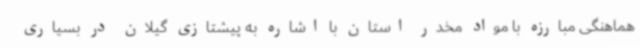
هماهنگی مبارزه با مواد مخدر استان با اشاره به پیشتازی گیلان در بسیاری